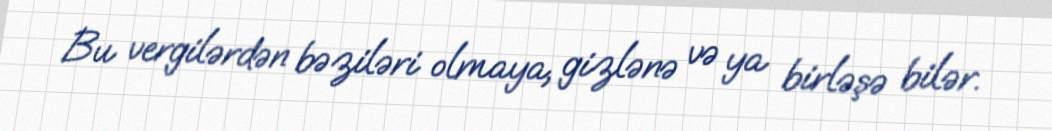
Bu vergilərdən bəziləri olmaya, gizlənə və ya birləşə bilər.